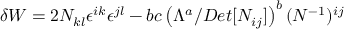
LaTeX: { \delta W } = 2 N _ { k l } \epsilon ^ { i k } \epsilon ^ { j l } - b c \left( \Lambda ^ { a } / D e t [ N _ { i j } ] \right) ^ { b } ( N ^ { - 1 } ) ^ { i j }